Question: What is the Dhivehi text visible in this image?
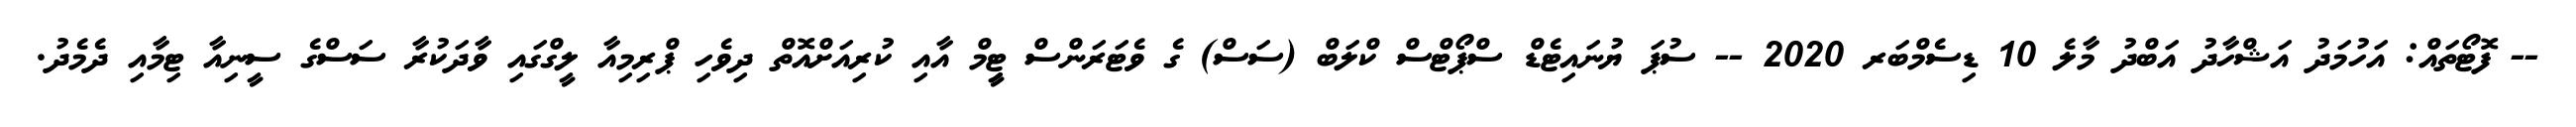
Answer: -- ފޮޓޯތައް: އަހުމަދު އަޝްހާދު އަބްދު މާލެ 10 ޑިސެމްބަރ 2020 -- ސުޕަ ޔުނައިޓެޑް ސްޕޯޓްސް ކްލަބް (ސަސް) ގެ ވެޓަރަންސް ޓިީމް އާއި ކުރިއަށްއޮތް ދިވެހި ޕްރިމިއާ ލީގްގައި ވާދަކުރާ ސަސްގެ ސީނިއާ ޓިމާއި ދެމެދު.